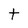
Character: t